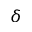
\delta